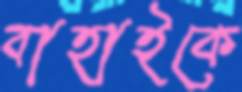
বাহাইকে